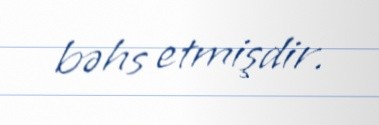
bəhs etmişdir.